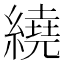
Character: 繞